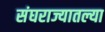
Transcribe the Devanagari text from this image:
संघराज्यातल्या